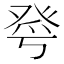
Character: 𤼮